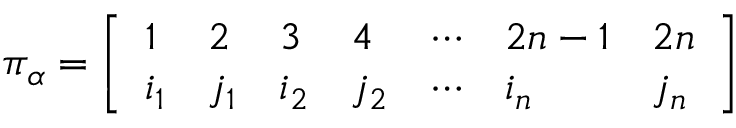
\pi _ { \alpha } = { \left[ \begin{array} { l l l l l l l } { 1 } & { 2 } & { 3 } & { 4 } & { \cdots } & { 2 n - 1 } & { 2 n } \\ { i _ { 1 } } & { j _ { 1 } } & { i _ { 2 } } & { j _ { 2 } } & { \cdots } & { i _ { n } } & { j _ { n } } \end{array} \right] }